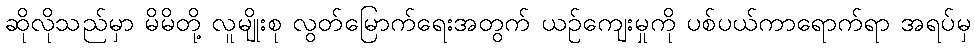
ဆိုလိုသည်မှာ မိမိတို့ လူမျိုးစု လွတ်မြောက်ရေးအတွက် ယဉ်ကျေးမှုကို ပစ်ပယ်ကာရောက်ရာ အရပ်မှ